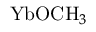
{ \mathrm { Y b O C H } } _ { 3 }